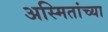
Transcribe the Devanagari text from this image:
अस्मितांच्या